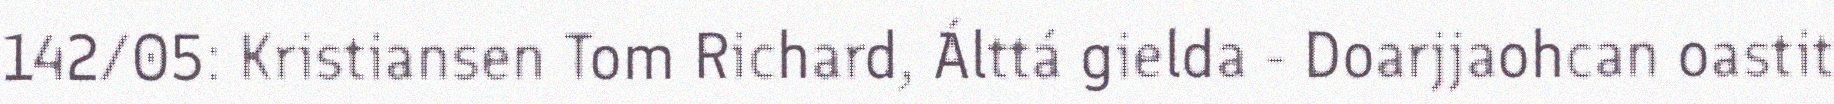
142/05: Kristiansen Tom Richard, Álttá gielda - Doarjjaohcan oastit